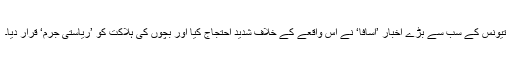
تیونس کے سب سے بڑے اخبار ’اسافا‘ نے اس واقعے کے خلاف شدید احتجاج کیا اور بچوں کی ہلاکت کو ’ریاستی جرم‘ قرار دیا۔